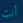
أنت